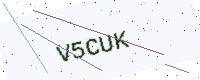
Text: V5CUK